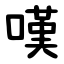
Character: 嘆